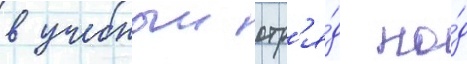
в учебныи отр'я́д по́д